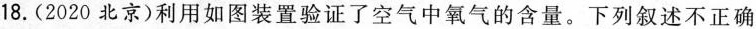
18.(2020北京)利用如图装置验证了空气中氧气的含量。下列叙述不正确